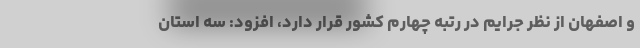
و اصفهان از نظر جرایم در رتبه چهارم کشور قرار دارد، افزود: سه استان